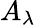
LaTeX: A_{\lambda}